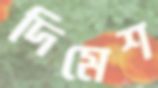
দিমেশ